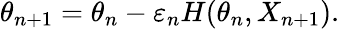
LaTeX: \theta_{n+1}=\theta_{n}-\varepsilon_{n}H(\theta_{n},X_{n+1}).